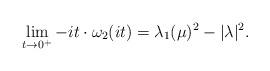
LaTeX: \begin{align*} \lim_{t\rightarrow 0^+}-it\cdot\omega_2(it) &=\lambda_1(\mu)^2-|\lambda|^2.\end{align*}